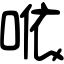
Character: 𠵱